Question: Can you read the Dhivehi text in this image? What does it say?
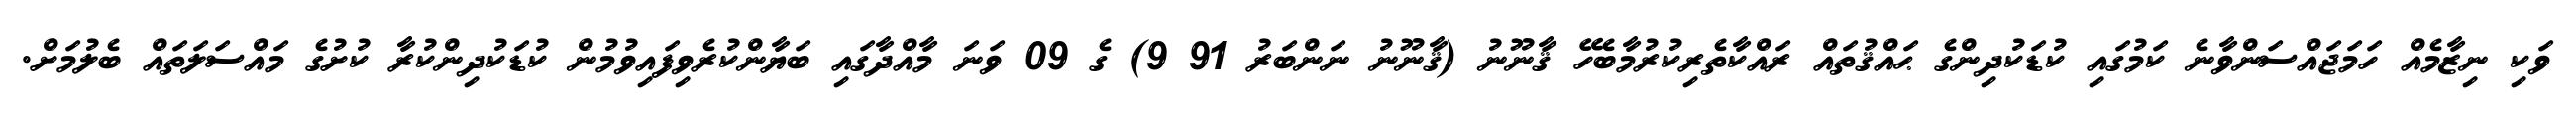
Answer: ވަކި ނިޒާމެއް ހަމަޖައްސަންވާނެ ކަމުގައި ކުޑަކުދިންގެ ޙައްޤުތައް ރައްކާތެރިކުރުމާބެހޭ ޤާނޫނު (ޤާނޫނު ނަންބަރު 91 9) ގެ 09 ވަނަ މާއްދާގައި ބަޔާންކުރެވިފައިވުމުން ކުޑަކުދިންކުރާ ކުށުގެ މައްސަލަތައް ބެލުމަށް.